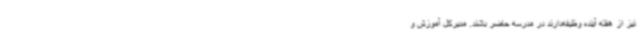
نیز از هفته آینده وظیفه‌دارند در مدرسه حاضر باشند. مدیرکل آموزش و